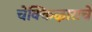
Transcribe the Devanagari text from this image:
चेक्किऴाराचे